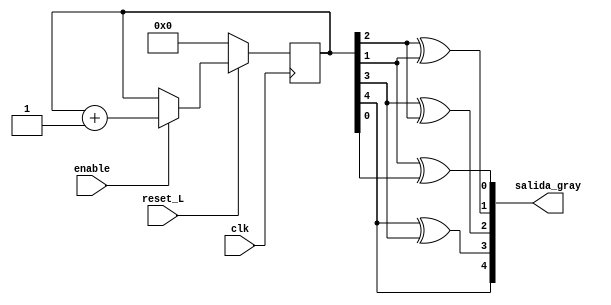
module contador_gray_cond (clk, reset_L, enable, salida_gray);

  input clk, reset_L, enable;
  output [ 4:0] salida_gray;
  wire [4:0] salida_gray;
  reg [4:0] contador;


  always @ (posedge clk)
  if (!reset_L)
    contador <= 0;
  else if (enable)
    contador <= contador + 1;

  assign salida_gray = { contador[4], (contador[4] ^ contador[3]),(contador[3] ^ contador[2]), (contador[2] ^
               contador[1]),(contador[1] ^ contador[0]) };

endmodule